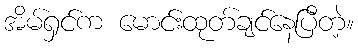
အိမ်ရှင်က မောင်းထုတ်ချင်နေပြီတဲ့။